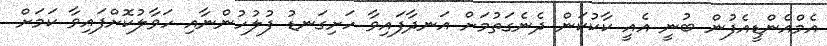
އެމްއެންޑީއެފުން ބުނީ އެެއީ ކާކުކަން ދެނެގަތުމަށް އަނދާފައިވާ ހަށިގަނޑު ފުލުހުންނާއި ހަވާލުކޮށްފައިވާ ކަމަށް